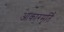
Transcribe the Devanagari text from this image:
आकारमूर्ति